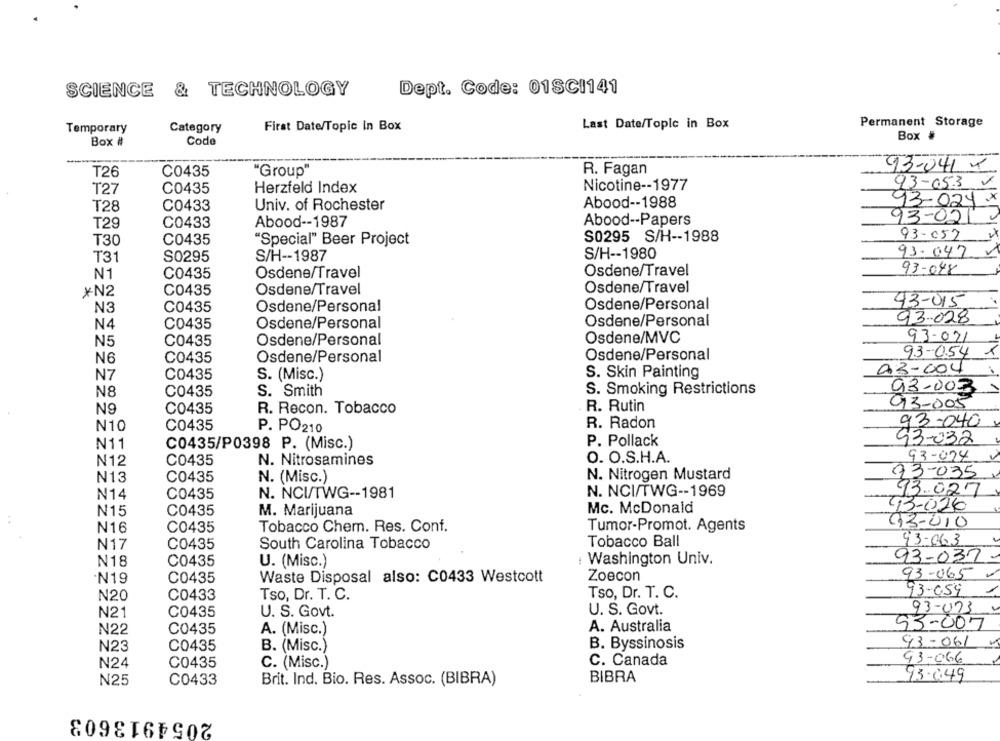
SCIENCE & TECHNOLOGY
Dept. Code: 01SCI141
Last Date/Topic in Box
Permanent Storage
Temporary
Category
First Date/Topic in Box
Box .
Box #
Code
93-041 x
T26
C0435
"Group"
R. Fagan
93-05-3 X
T27
C0435
Herzfeld Index
Nicotine -- 1977
T28
C0433
Univ. of Rochester
Abood -- 1988
93-024 x
Abood -- 1987
Abood -- Papers
93-02/
T29
C0433
S0295 S/H -- 1988
93-052
T30
C0435
"Special" Beer Project
93.047
T31
S0295
S/H -- 1987
S/H -- 1980
N1
C0435
Osdene/Travel
Osdene/Travel
93-048
Osdene/Travel
*N2
C0435
Osdene/Travel
93-015
N3
C0435
Osdene/Personal
Osdene/Personal
N4
C0435
Osdene/Personal
Osdene/Personal
93.028
Osdene/Personal
Osdene/MVC
93-021
N5
C0435
Osdene/Personal
93-054
NE
C0435
Osdene/Personal
03-004
N7
C0435
S. (Misc.)
S. Skin Painting
N8
C0435
S. Smith
S. Smoking Restrictions
93-00-3
R. Rutin
93-005
N9
C0435
R. Recon. Tobacco
93-040
N10
C0435
P. PO210
R. Radon
P. Pollack
93-032
N11
C0435/P0398 P. (Misc.)
O. O.S.H.A.
93-074
N12
C0435
N. Nitrosamines
93-035
N13
C0435
N. (Misc.)
N. Nitrogen Mustard
N14
C0435
N. NCI/TWG -- 1981
N. NCI/TWG -- 1969
93.027
N15
C0435
M. Marijuana
Mc. McDonald
43-026
93-010
N16
C0435
Tobacco Chem. Res. Conf.
Tumor-Promot. Agents
93-063
N17
C0435
South Carolina Tobacco
Tobacco Ball
N18
C0435
U. (Misc.)
i Washington Univ.
93-032-
Waste Disposal also: C0433 Westcott
Zoecon
93-065-
N19
C0435
93-059
N20
C0433
Tso, Dr. T. C.
Tso, Dr. T. C.
N21
C0435
U. S. Govt.
U. S. Govt.
93-023
A. Australia
93-007
N22
C0435
A. (Misc.)
93-06/
N23
C0435
B. (Misc.)
B. Byssinosis
93-066
N24
C0435
C. (Misc.)
C. Canada
N25
C0433
Brit. Ind. Bio. Res. Assoc. (BIBRA)
BIBRA
93.0.49
2054913603